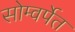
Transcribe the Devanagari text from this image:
सोम्वर्पेत